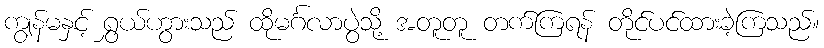
ကျွန်မနှင့် ရွှယ်ဟွားသည် ထိုမင်္ဂလာပွဲသို့ အတူတူ တက်ကြရန် တိုင်ပင်ထားခဲ့ကြသည်။